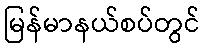
မြန်မာနယ်စပ်တွင်